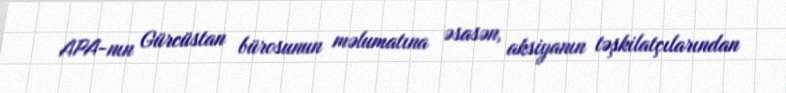
APA-nın Gürcüstan bürosunun məlumatına əsasən, aksiyanın təşkilatçılarından